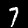
Label: 7